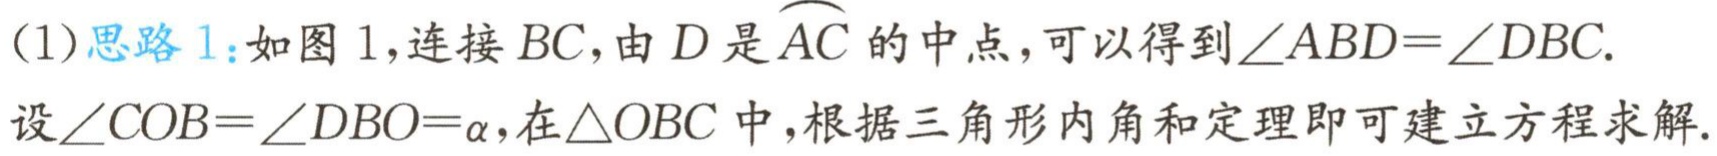
(1)思路1：如图1,连接 \(BC\),由 \(D\) 是 \(\overset{\frown}{AC}\) 的中点，可以得到\(\angle ABD = \angle DBC\).
设\(\angle COB=\angle DBO = \alpha\),在\(\triangle OBC\) 中,根据三角形内角和定理即可建立方程求解.